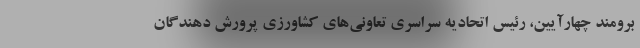
برومند چهارآیین، رئیس اتحادیه سراسری تعاونی‌های کشاورزی پرورش دهندگان